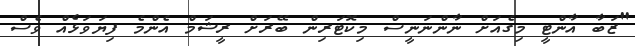
"ޒަބާ އާންޓީ މިގެއަށް ނާންނަނީސް މިކޮޓަރިން ބޭރަށް ރީޝަމް އެންމެ ފިޔަވަޅެއް ވެސް